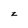
Character: z